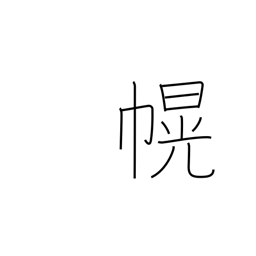
Meaning: canopy